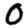
Digit: 0